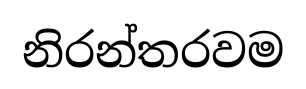
නිරන්තරවම